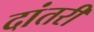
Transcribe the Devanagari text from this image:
दांतरी